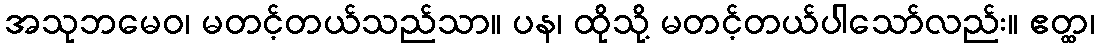
အသုဘမေဝ၊ မတင့်တယ်သည်သာ။ ပန၊ ထိုသို့ မတင့်တယ်ပါသော်လည်း။ ဧတ္ထ၊